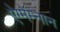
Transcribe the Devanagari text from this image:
ऐग्मेम्नान